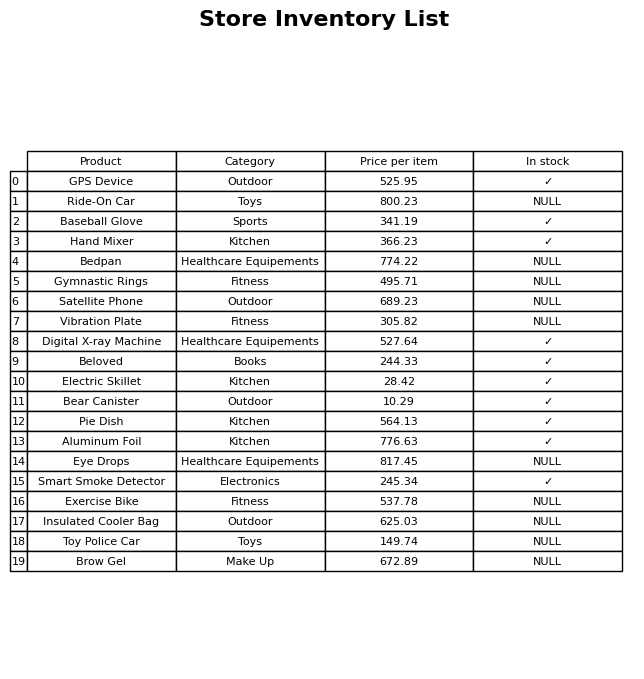
question: What is the price of the Vibration Plate?
answer: The price of Vibration Plate is 305.82.